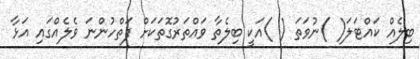
ބިލެއް ކައްޓަލަ( )ނުވަތަ ( )އަކީ ބިލެތާ ވައްތަރުގޮތަކަށް ފަތްހުންނަ ވެލެއްގައި އަޅާ